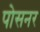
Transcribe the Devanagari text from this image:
पोसनर